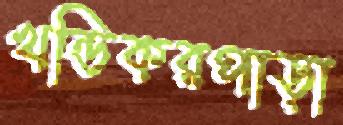
খন্ডিকরপাড়া